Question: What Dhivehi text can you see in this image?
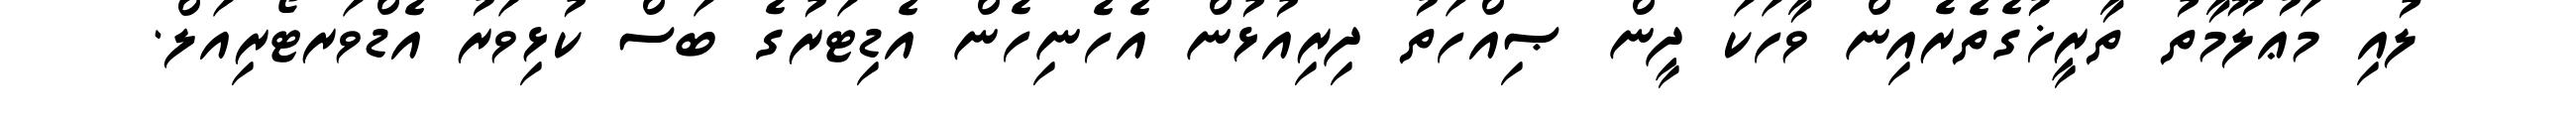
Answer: ލުއި މަޢުލޫމާތު ތާރީޚުގެތެރެއިން ވާހަކަ ދީން ޞިއްހަތު ދިރިއުޅުން އެހެނިހެން އެޑިޓަރުގެ ބަސް ކުޅިވަރު އެޑްވަރޓޯރިއަލް.